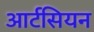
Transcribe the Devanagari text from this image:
आर्टसियन